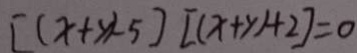
[ ( x + y ) - 5 ] [ ( x + y ) + 2 ] = 0